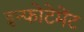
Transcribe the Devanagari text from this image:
इन्फोटेमेंट